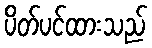
ပိတ်ပင်ထားသည်